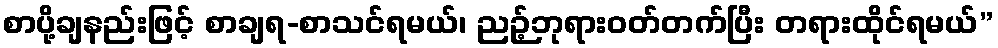
စာပို့ချနည်းဖြင့် စာချရ-စာသင်ရမယ်၊ ညဉ့်ဘုရားဝတ်တက်ပြီး တရားထိုင်ရမယ်”